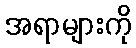
အရာများကို